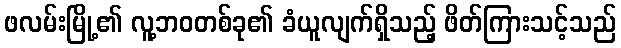
ဖလမ်းမြို့၏ လူ့ဘဝတစ်ခု၏ ခံယူလျက်ရှိသည့် ဖိတ်ကြားသင့်သည်